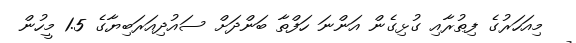
މިއަހަރުގެ ފިޠުރާއި ގުޅިގެން އަންނަ ހަފްތާ ބަންދަށް ސައުދިއަރަބިޔާގެ 1.5 މީހުން